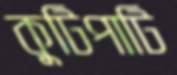
কুটিপাটি